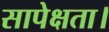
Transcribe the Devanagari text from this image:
सापेक्षता।